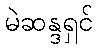
မဲဆန္ဒရှင်